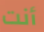
أنت